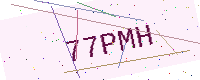
Text: 77PMH